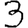
Digit: 3